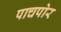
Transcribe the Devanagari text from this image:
पाचपोर